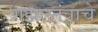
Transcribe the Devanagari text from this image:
गझलतंत्राचे